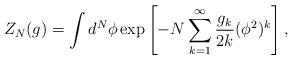
LaTeX: \begin{align*}Z_N(g) = \int d^N \phi \exp \left[ -N \sum_{k=1}^{\infty} \frac{g_k}{2k} (\phi^2)^k\right], \end{align*}